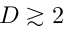
D \gtrsim 2